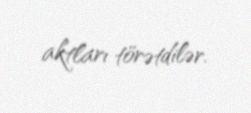
aktları törətdilər.